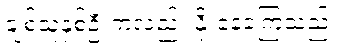
ချစ်သူနှစ်ဦးကလည်း နိုးနေခဲ့ကြသည်။